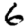
Digit: 6